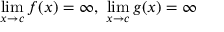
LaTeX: \operatorname* { l i m } _ { x \to c } f ( x ) = \infty , \ \operatorname* { l i m } _ { x \to c } g ( x ) = \infty